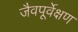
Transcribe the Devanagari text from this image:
जैवपूर्वेक्षण